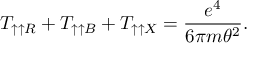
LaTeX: T _ { \uparrow \uparrow R } + T _ { \uparrow \uparrow B } + T _ { \uparrow \uparrow X } = \frac { e ^ { 4 } } { 6 \pi m \theta ^ { 2 } } .